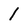
Character: l